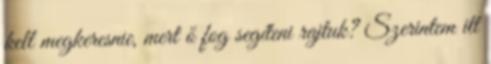
kell megkeresnie, mert ő fog segíteni rajtuk? Szerintem itt